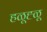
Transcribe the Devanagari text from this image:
हळूह्ळू